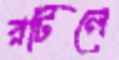
রটিলে